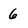
Character: 6